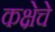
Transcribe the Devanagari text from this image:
कक्षेचे